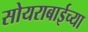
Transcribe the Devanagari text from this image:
सोयराबाईच्या